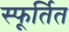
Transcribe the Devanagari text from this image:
स्फूर्तित